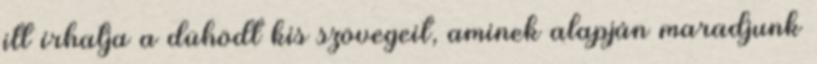
itt írhatja a dühödt kis szövegeit, aminek alapján maradjunk